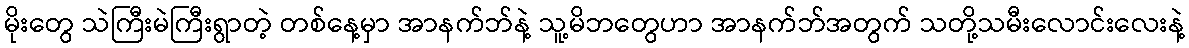
မိုးတွေ သဲကြီးမဲကြီးရွာတဲ့ တစ်နေ့မှာ အာနက်ဘ်နဲ့ သူ့မိဘတွေဟာ အာနက်ဘ်အတွက် သတို့သမီးလောင်းလေးနဲ့